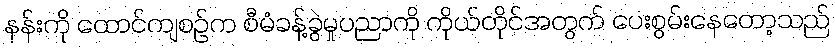
နန်းကို ထောင်ကျစဉ်က စီမံခန့်ခွဲမှုပညာကို ကိုယ်တိုင်အတွက် ပေးစွမ်းနေတော့သည်